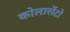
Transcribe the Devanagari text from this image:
कोलासेंटो